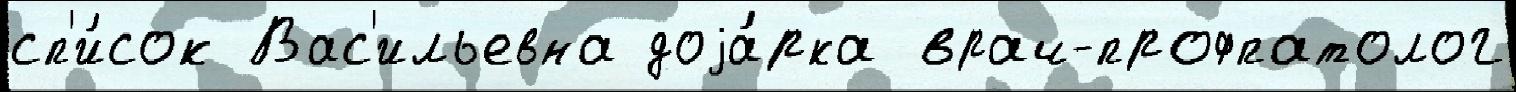
сп'и́сок Вас'ильевна доjа́рка врач-профпатолог